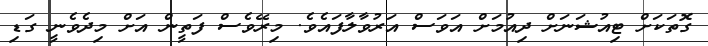
ގޮތަކަށް ޓިއުޝަނަށް ދިއުމަށް އަވަސް އަރުވާލާފައެވެ. މިރޭވެސް ފަތީން އަށް މިދެވެނީ ގަޑި